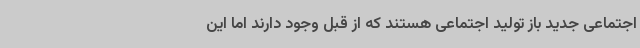
اجتماعی جدید باز تولید اجتماعی هستند که از قبل وجود دارند اما این